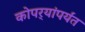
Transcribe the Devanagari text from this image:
कोपर्‍यांपर्यंत